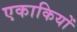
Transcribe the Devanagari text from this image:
एकाकियों